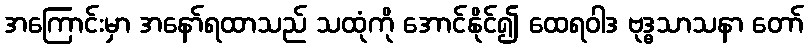
အကြောင်းမှာ အနော်ရထာသည် သထုံကို အောင်နိုင်၍ ထေရဝါဒ ဗုဒ္ဓသာသနာ တော်